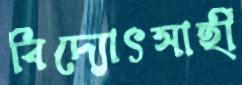
বিদ্যোৎসাহী